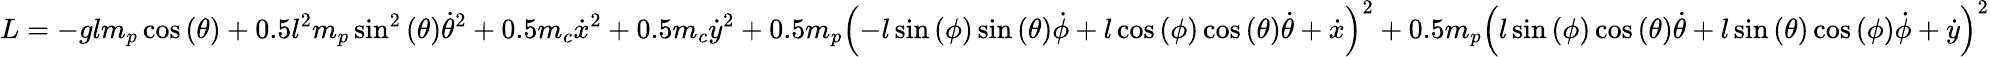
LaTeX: L=-glm_{p}\cos{\left(\theta\right)}+0.5l^{2}m_{p}\sin^{2}{\left(\theta\right)}\dot{\theta}^{2}+0.5m_{c}\dot{x}^{2}+0.5m_{c}\dot{y}^{2}+0.5m_{p}\left(-l\sin{\left(\phi\right)}\sin{\left(\theta\right)}\dot{\phi}+l\cos{\left(\phi\right)}\cos{\left(\theta\right)}\dot{\theta}+\dot{x}\right)^{2}+0.5m_{p}\left(l\sin{\left(\phi\right)}\cos{\left(\theta\right)}\dot{\theta}+l\sin{\left(\theta\right)}\cos{\left(\phi\right)}\dot{\phi}+\dot{y}\right)^{2}